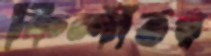
কিন্দীতর